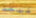
نبعد